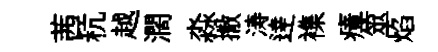
茜秔越濶淼撒涛逹襍瘴筮焰